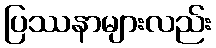
ပြဿနာများလည်း